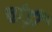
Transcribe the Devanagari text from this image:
चांड़ी